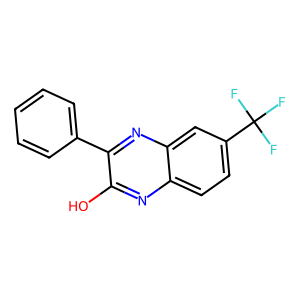
SMILES: Oc1nc2ccc(C(F)(F)F)cc2nc1-c1ccccc1
Inhibits HIV replication: No